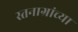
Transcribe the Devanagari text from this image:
स्तनाग्रांच्या